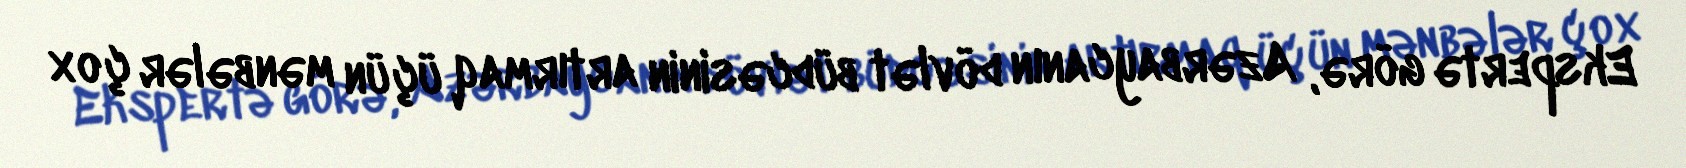
Ekspertə görə, Azərbaycanın dövlət büdcəsinin artırmaq üçün mənbələr çox